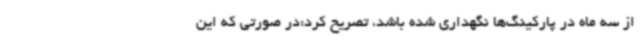
از سه ماه در پارکینگ‌ها نگهداری شده باشد، تصریح کرد:در صورتی که این